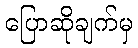
ပြောဆိုချက်မှ